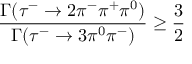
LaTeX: { \frac { \Gamma ( \tau ^ { - } \to 2 \pi ^ { - } \pi ^ { + } \pi ^ { 0 } ) } { \Gamma ( \tau ^ { - } \to 3 \pi ^ { 0 } \pi ^ { - } ) } } \ge { \frac { 3 } { 2 } }